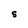
Character: S